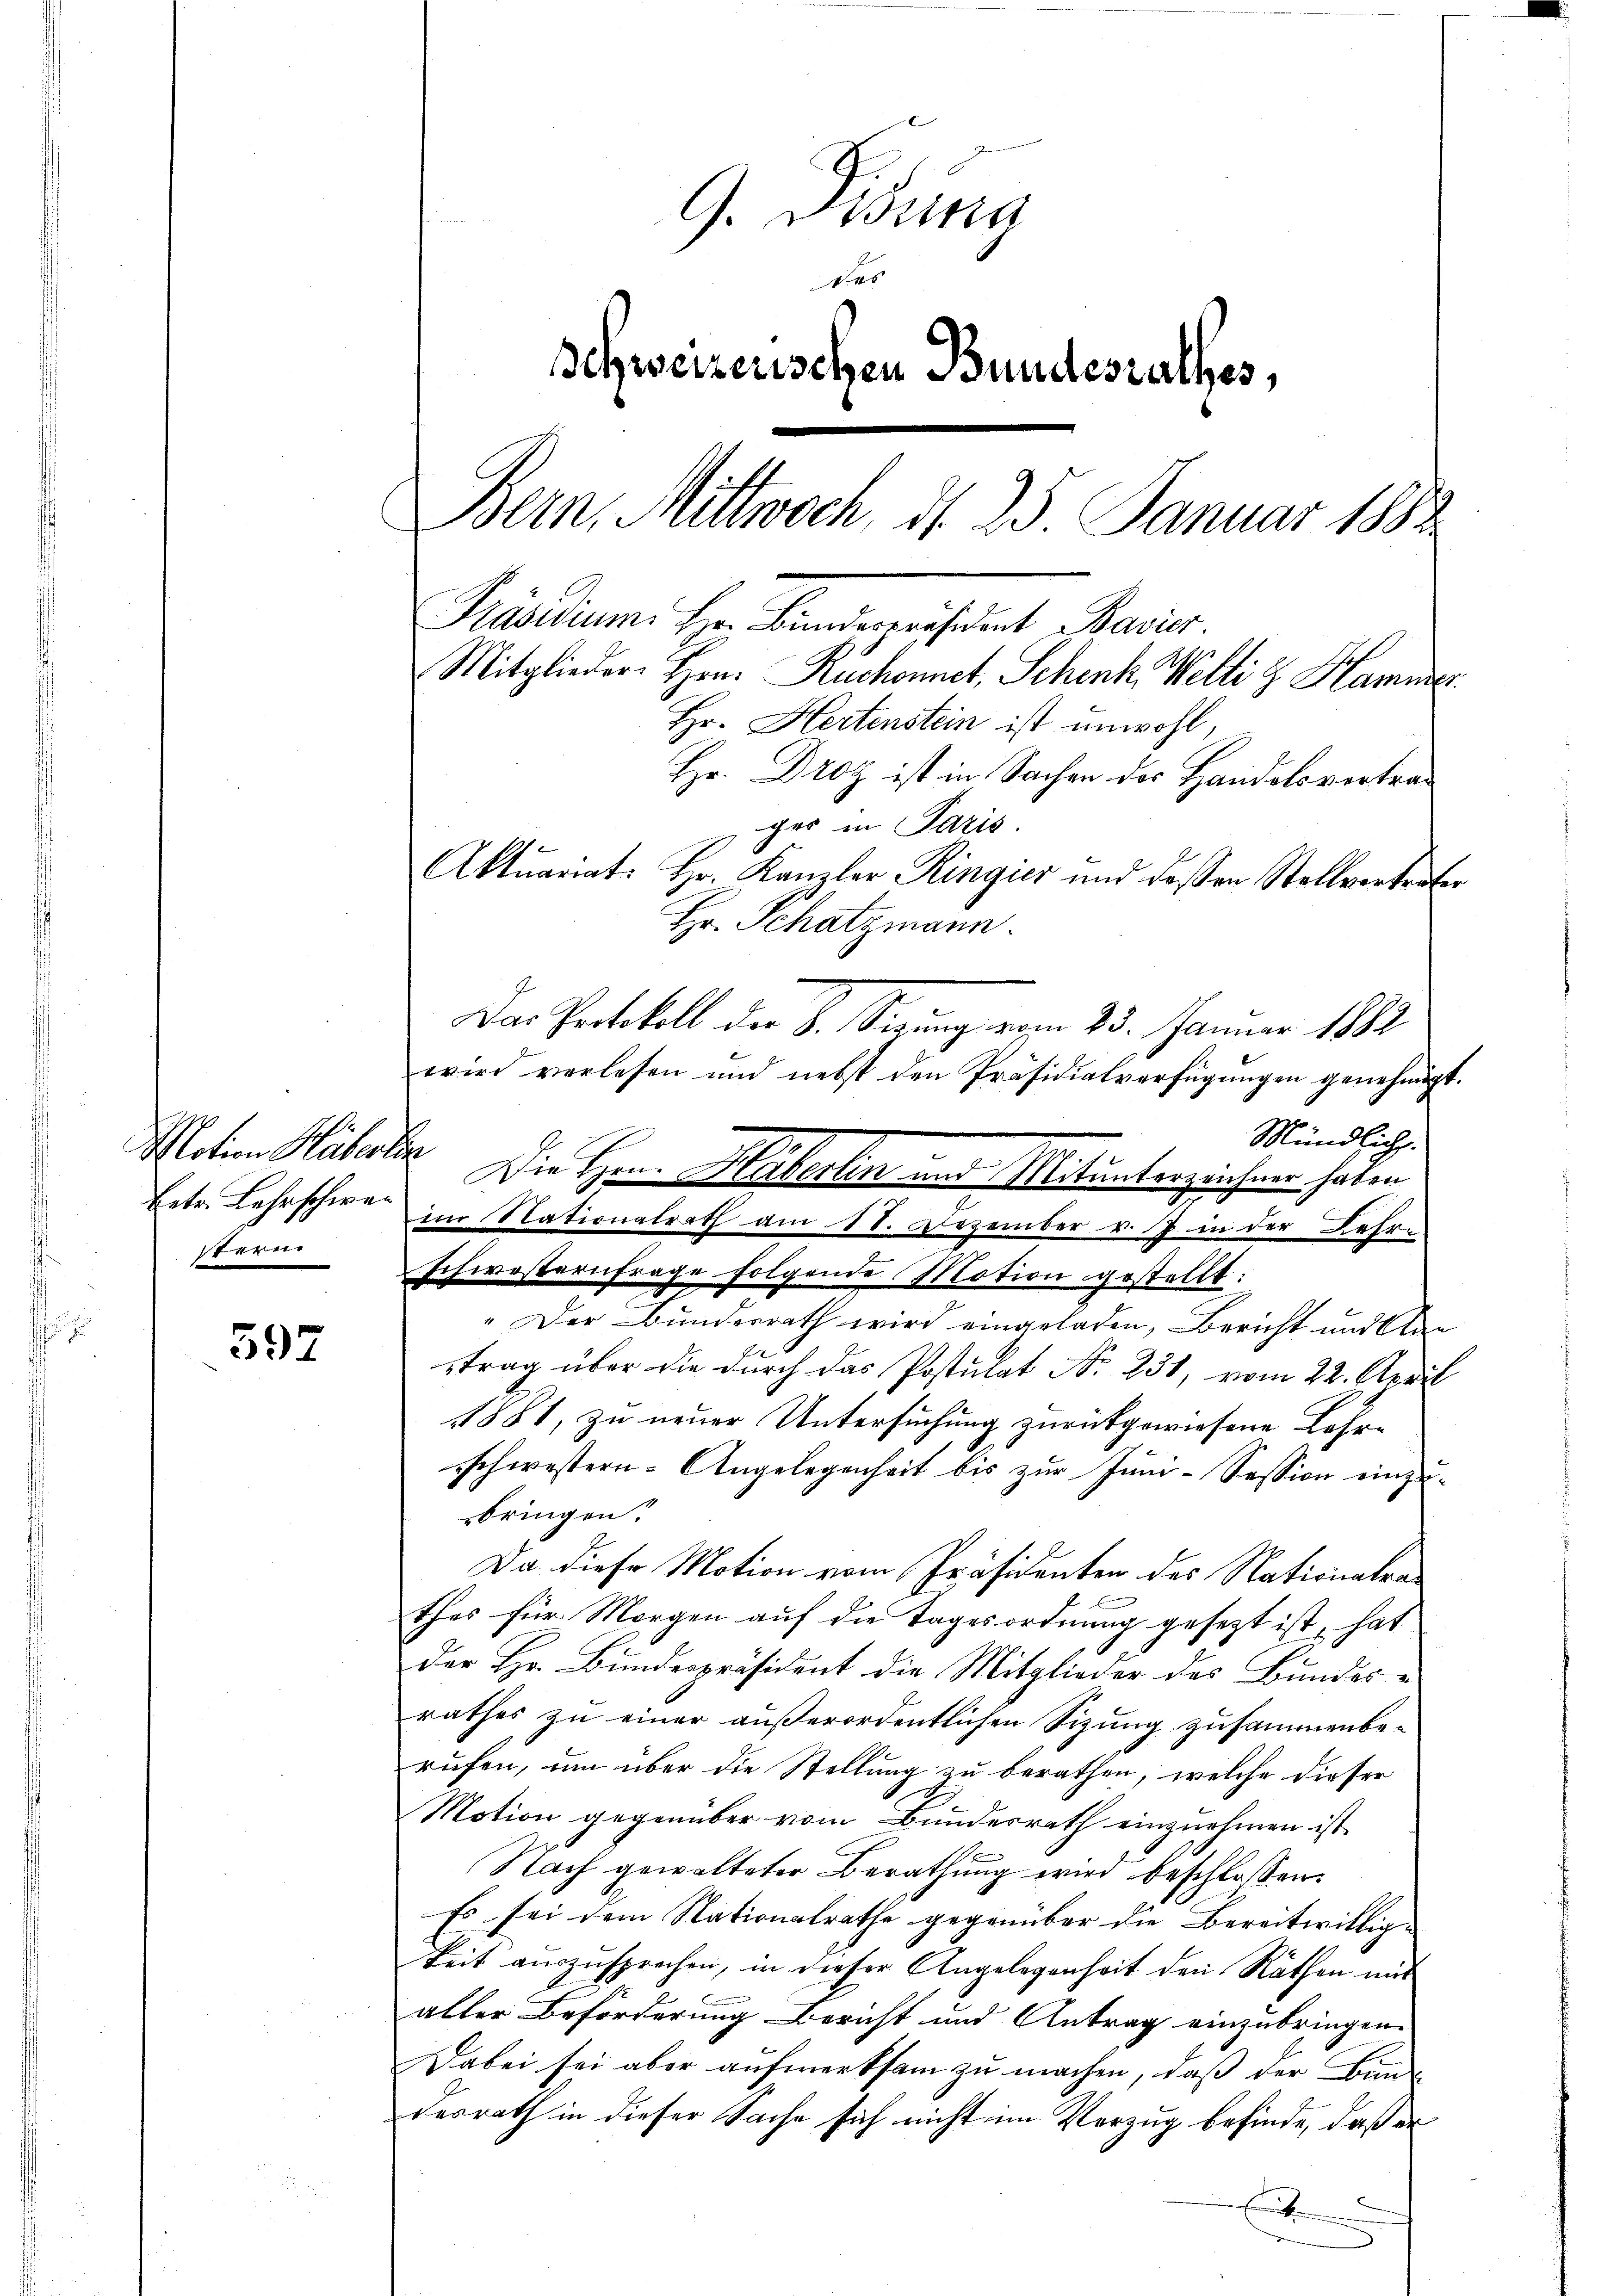
Motion Huberle
sterne

597

G. Pisung
des
schweizerischen Bundesrathes,
Bern, Mittwoch, d. 25 Januar 1882
Präsidium. Hr. Bunderpräsident Bavier
Mitglieder Hrn. Ruchonnet, Schenk. Welti z. Hammer.
Hr. Hertenstein ist unwohl,
Hr. Droz ist in Sachen des Handelsvertrager in Paris.
Aktuariat: Hr. Kanzler Ringier und dessen Stellvertreter
Hr. Schatzmann.
Das Protokoll der B. Sigung vom 25. Januar 1882
wird verlesen und nebst den Präsidialverfügungen genehmigt.

Mündlich.
Die Hrn. Häberlin und Mitunterzeichner haben
Betr. Lehrschwer zur Nationalrath am 18. Dezember v. J. in der Lehre
schwesternfrage folgende Motion gestellt:
" Der Bundesrath wird eingeladen, Bericht und den
trag über die durch das Postulat No. 231, vom 22. April
1881, zu neuer Untersuchung zurückgewiesene Lehrschwestern. Angelegenheit bis zur Juni-Session einzubringen.
Da diese Motion vom Präsidenten des Nationalrathes für Morgen auf die Tagesordnung gesezt ist, hat
Der Hr. Bundespräsident die Mitglieder des Bundesrathes zu einer außerordentlichen Sizung zusammenberufen, um über die Stellung zu berathen, welche dieser
Motion gegenüber vom Bundesrath einznehmen ist
Nach gewalteter Berathung wird beschlossen:
Es sei dem Nationalrathe gegenüber die Bereitwilligkeit auszusprechen, in dieser Angelegenheit den Räthen mit
aller Beförderung Bericht und Antrag einzubringen.
Dabei sei aber aufmerksam zu machen, daß der Bunde
desrath in dieser Sache sich nicht im Vorzug befinde, daß er
E
)